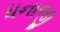
ધનાજી